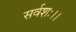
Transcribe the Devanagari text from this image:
सर्वशः।।